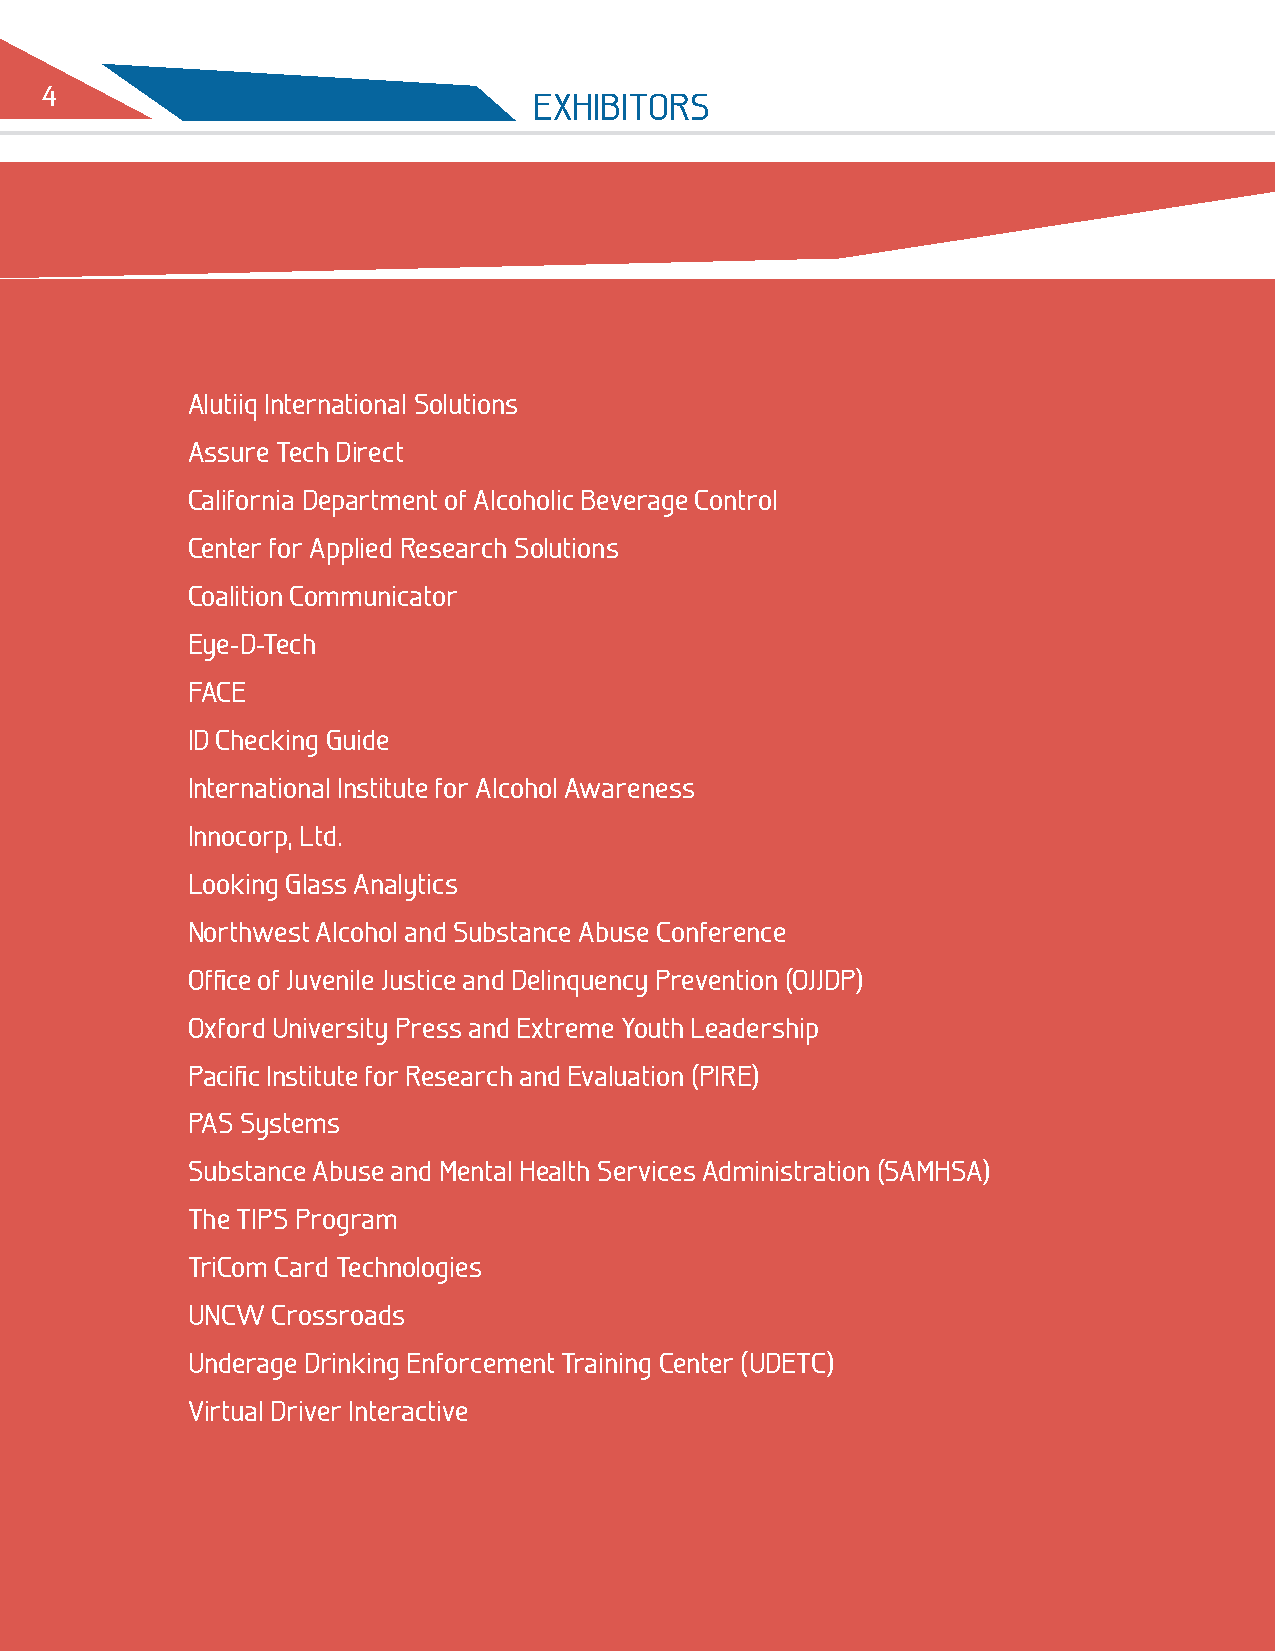
4
 Exhibitors
 Alutiiq international solutions
 Assure tech direct
 California department of Alcoholic beverage Control
 Center for Applied research solutions
 Coalition Communicator
 Eye-d-tech
 fACE
 id Checking guide
 international institute for Alcohol Awareness
 innocorp, Ltd.
 Looking glass Analytics
 Northwest Alcohol and substance Abuse Conference
 office of Juvenile Justice and delinquency prevention (oJJdp)
 oxford university press and Extreme youth Leadership
 pacific institute for research and Evaluation (pirE)
 pAs systems
 substance Abuse and mental health services Administration (sAmhsA)
 the tips program
 triCom Card technologies
 uNCw  Crossroads
 underage drinking Enforcement training Center (udEtC)
 virtual driver interactive
 2010 NLLEA 24th ANNuAL CoNfErENCE